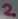
Text: 2